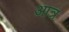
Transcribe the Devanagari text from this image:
आत्र